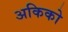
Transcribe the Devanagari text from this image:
अकिको